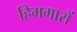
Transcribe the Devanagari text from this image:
हिमगारों